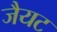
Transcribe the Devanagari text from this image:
जैयट